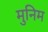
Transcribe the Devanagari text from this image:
मुनिम